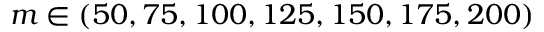
m \in ( 5 0 , 7 5 , 1 0 0 , 1 2 5 , 1 5 0 , 1 7 5 , 2 0 0 )